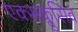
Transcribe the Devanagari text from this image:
एक्सक्लुसिव